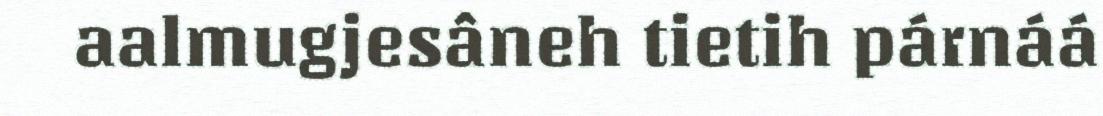
aalmugjesâneh tietih párnáá